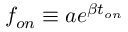
f _ { o n } \equiv a e ^ { \beta t _ { o n } }